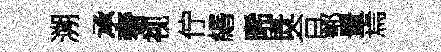
溯承奢视佇緡晞既合鄂景焉